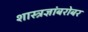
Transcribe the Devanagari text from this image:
शास्त्रज्ञांबरोबर